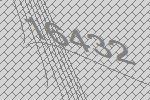
16432